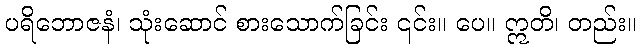
ပရိဘောဇနံ၊ သုံးဆောင် စားသောက်ခြင်း ၎င်း။ ပေ။ ဣတိ၊ တည်း။